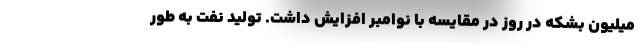
میلیون بشکه در روز در مقایسه با نوامبر افزایش داشت. تولید نفت به طور